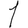
Digit: 1